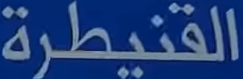
القنيطرة